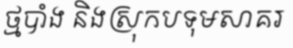
ថ្មបាំង និងស្រុកបទុមសាគរ